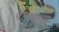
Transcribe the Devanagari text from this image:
वात्सलय्